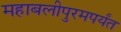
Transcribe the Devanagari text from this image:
महाबलीपुरमपर्यंत